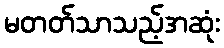
မတတ်သာသည့်အဆုံး